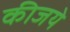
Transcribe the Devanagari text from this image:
कीजये